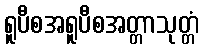
ရူပီစအရူပီစအတ္တာသုတ္တံ